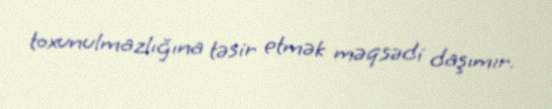
toxunulmazlığına təsir etmək məqsədi daşımır.